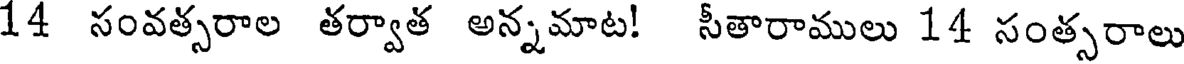
14 సంవత్సరాల తర్వాత అన్నమాట! సీతారాములు 14 సంత్సరాలు